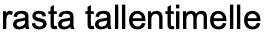
rasta tallentimelle